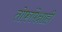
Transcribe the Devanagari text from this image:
तोफांपेक्षाही